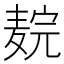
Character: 𬹉